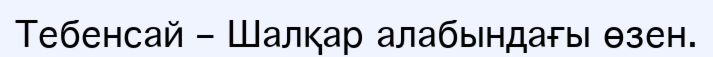
Тебенсай – Шалқар алабындағы өзен.